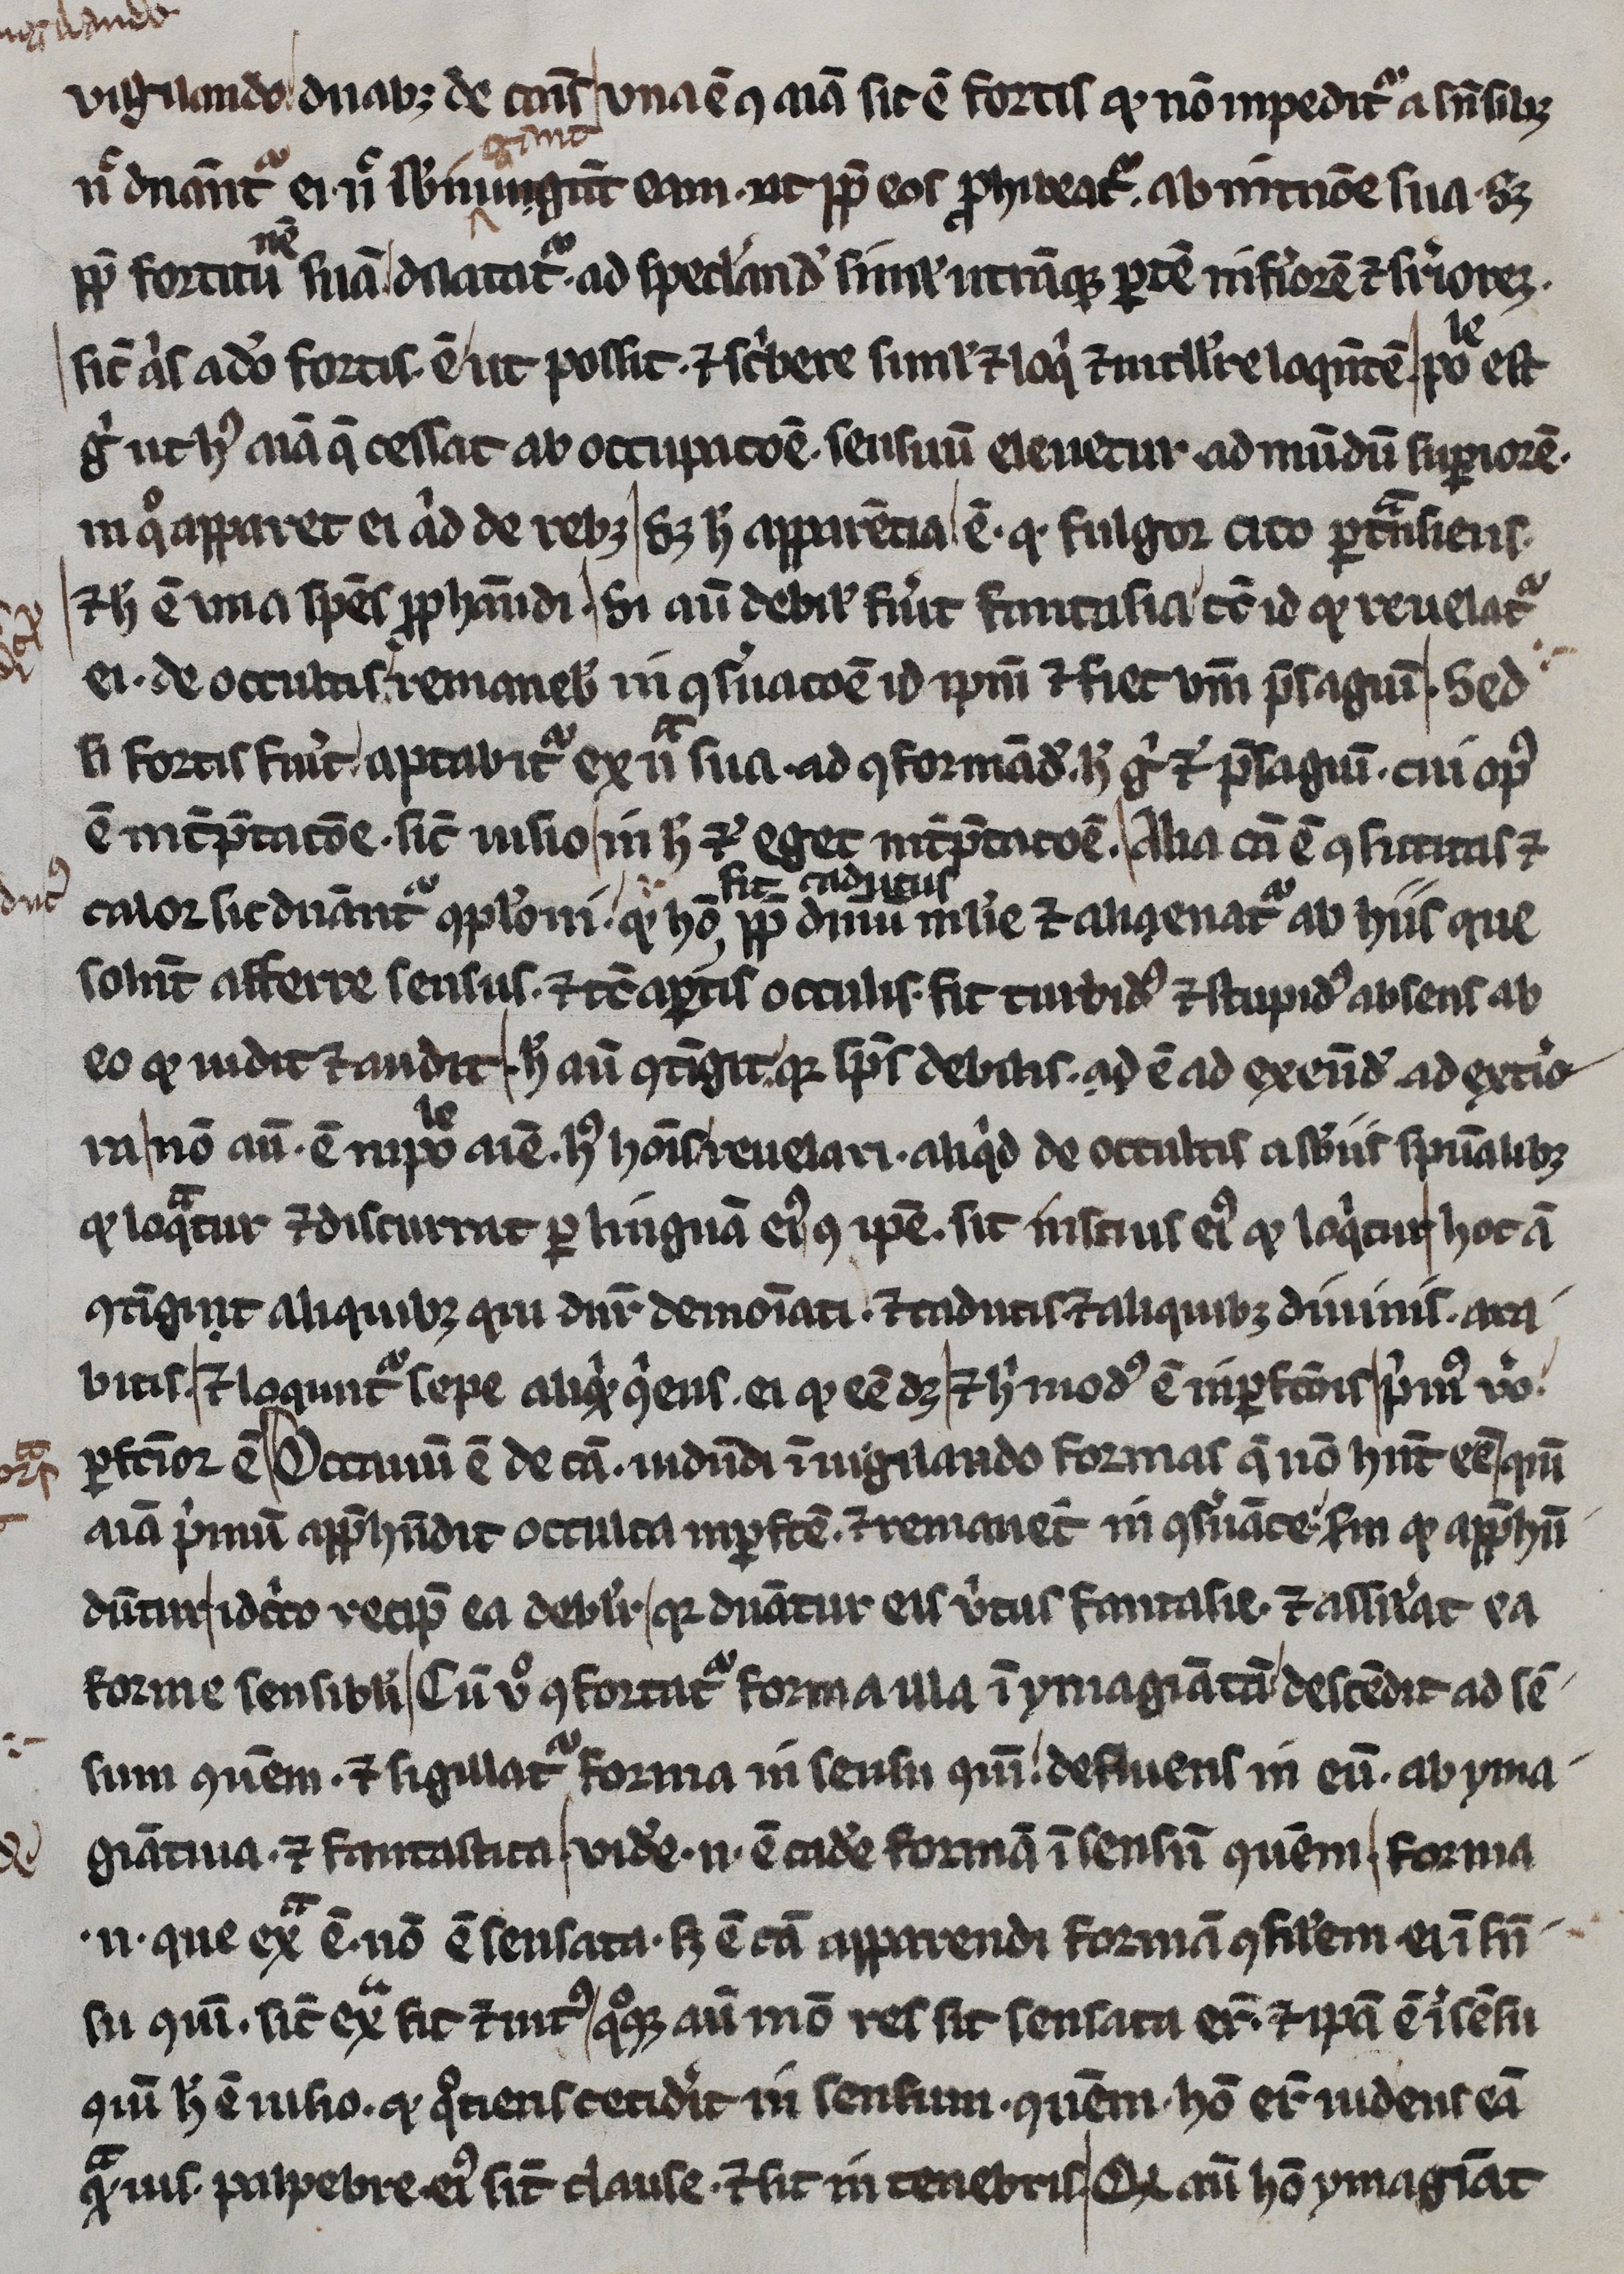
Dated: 1245–1255